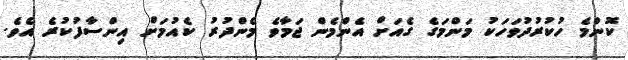
ކޮންމެ ހުކުރުދުވަހަކު މަންމަގެ ގެއަށް އެންމެން ޖަމާވެ މެންދުރު ކެއުމަށް އިންސާފުކުރެ އެވެ.